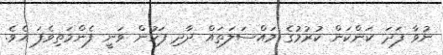
ނުވާ ފަދަ ކަންކަން ކުރުމުގެ މައްސަލަތައް ދާދި ފަހުން ވަނީ ފެންމަތިވެފަ އެވެ.